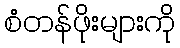
စံတန်ဖိုးများကို